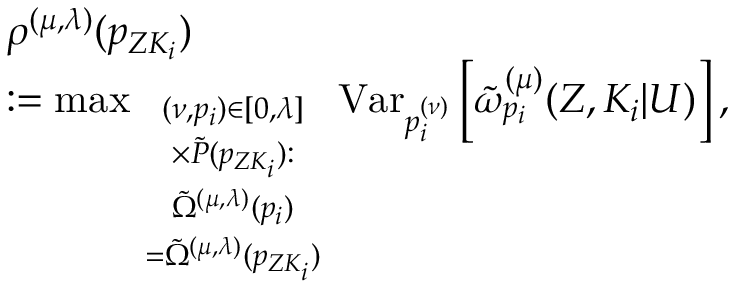
\begin{array} { r l } & { \rho ^ { ( \mu , \lambda ) } ( p _ { Z K _ { i } } ) } \\ & { : = { \operatorname* { m a x } _ { \scriptstyle ( \nu , p _ { i } ) \in [ 0 , \lambda ] \atop { \scriptstyle \times \tilde { \cal P } ( p _ { Z K _ { i } } ) : \atop { \scriptstyle \tilde { \Omega } ^ { ( \mu , \lambda ) } ( p _ { i } ) \atop { \scriptstyle = \tilde { \Omega } ^ { ( \mu , \lambda ) } ( p _ { Z K _ { i } } ) } } } } } \mathrm { V a r } _ { { p _ { i } ^ { ( \nu ) } } } \left[ \tilde { \omega } _ { p _ { i } } ^ { ( \mu ) } ( { Z } , K _ { i } | U ) \right] , } \end{array}